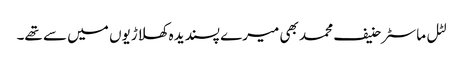
لٹل ماسٹر حنیف محمد بھی میرے پسندیدہ کھلاڑیوں میں سے تھے۔